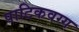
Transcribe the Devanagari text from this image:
पाटिकवग्ग